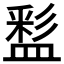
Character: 𥂑